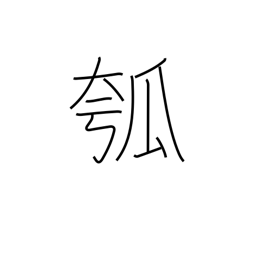
Meaning: gourd